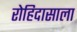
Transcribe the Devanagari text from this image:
रोहिदासाला